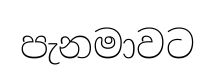
පැනමාවට